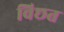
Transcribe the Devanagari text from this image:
विछत